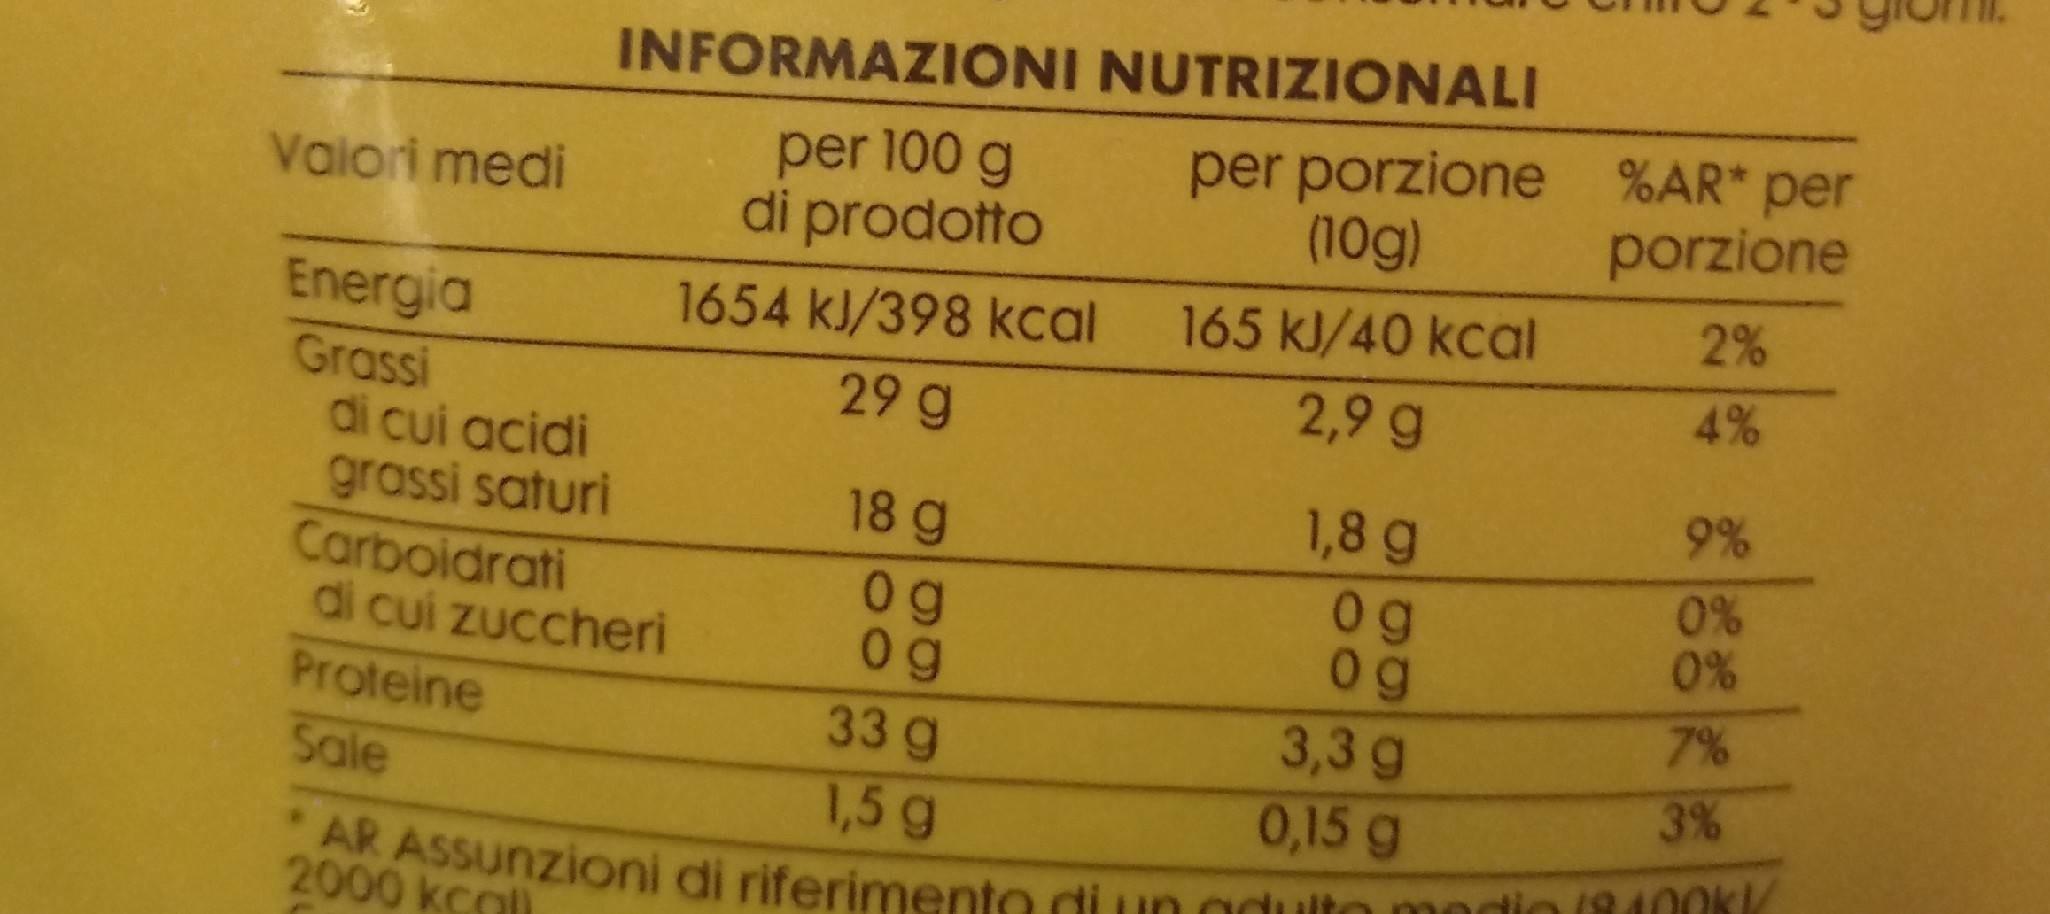
INFORMAZIONI NUTRIZIONALI
per 100 g di prodotto
per porzione %AR* per (10g)
Valori medi
porzione
2%
165 kJ/40 kcal 2,9 g
1654 kJ/398 kcal
Energia Grassi di cui acidi grassi saturi Carboidrati di cui zuccheri
29 g
4%
9%
1,8 g 0 g 0g 3,3 g
18 g
0g 0g
0% 0%
Proteine
33g
7%
Sale
1,5 g
0,15 g
3%
*AR ASSUNzioni di riferimento dti un adulto medio (400k 2000 kcall